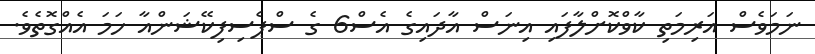
ނަމަވެސް އަރިމަތި ކާވްކޮށްލާފައި އިނަސް އާދައިގެ އެސް6 ގެ ސްޕެސިފިކޭޝަންއާ ހަމަ އެއްގޮތެވެ.